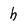
Character: h